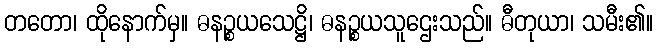
တတော၊ ထိုနောက်မှ။ ဓနဉ္စယသေဋ္ဌိ၊ ဓနဉ္စယသူဌေးသည်။ ဓီတုယာ၊ သမီး၏။